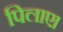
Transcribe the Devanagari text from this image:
पिलाए।